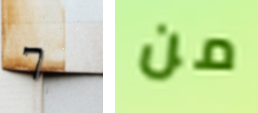
7 من